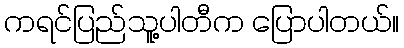
ကရင်ပြည်သူ့ပါတီက ပြောပါတယ်။